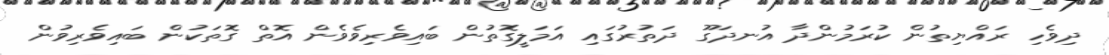
ދިވެހި ރައްޔިތުން ކުރަމުންދާ އުނދަގޫ ދަތުރުގައި އަމަލީގޮތުން ބައިވެރިވެވެން އޮތް ގޮތަކުން ބައިވެރިވުން